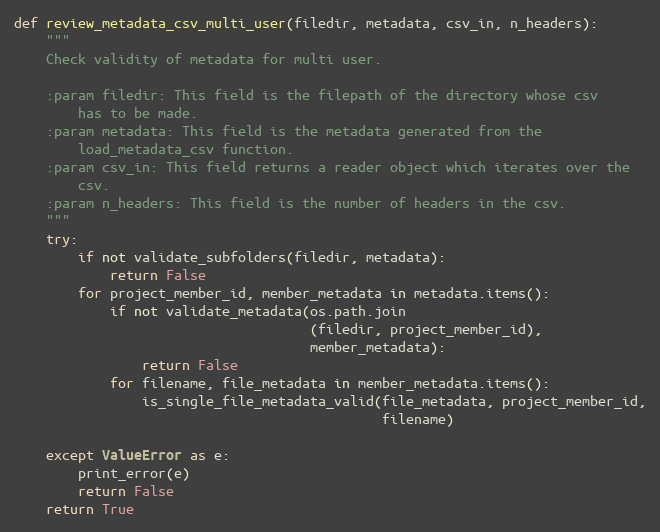
Language: Python
def review_metadata_csv_multi_user(filedir, metadata, csv_in, n_headers):
    """
    Check validity of metadata for multi user.

    :param filedir: This field is the filepath of the directory whose csv
        has to be made.
    :param metadata: This field is the metadata generated from the
        load_metadata_csv function.
    :param csv_in: This field returns a reader object which iterates over the
        csv.
    :param n_headers: This field is the number of headers in the csv.
    """
    try:
        if not validate_subfolders(filedir, metadata):
            return False
        for project_member_id, member_metadata in metadata.items():
            if not validate_metadata(os.path.join
                                     (filedir, project_member_id),
                                     member_metadata):
                return False
            for filename, file_metadata in member_metadata.items():
                is_single_file_metadata_valid(file_metadata, project_member_id,
                                              filename)

    except ValueError as e:
        print_error(e)
        return False
    return True